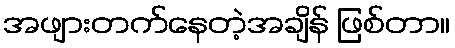
အဖျားတက်နေတဲ့အချိန် ဖြစ်တာ။